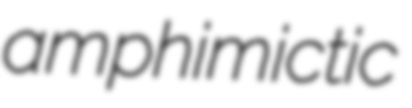
amphimictic